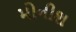
મોનીશ